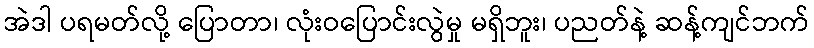
အဲဒါ ပရမတ်လို့ ပြောတာ၊ လုံးဝပြောင်းလွဲမှု မရှိဘူး၊ ပညတ်နဲ့ ဆန့်ကျင်ဘက်